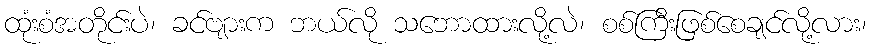
ထုံးစံအတိုင်းပဲ၊ ခင်ဗျားက ဘယ်လို သဘောထားလို့လဲ၊ စစ်ကြီးဖြစ်စေချင်လို့လား၊